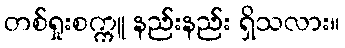
တစ်ရှုးစက္ကူ နည်းနည်း ရှိသလား။